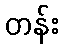
တန်း